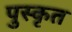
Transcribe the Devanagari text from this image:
पुस्कृत